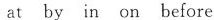
at by in on before